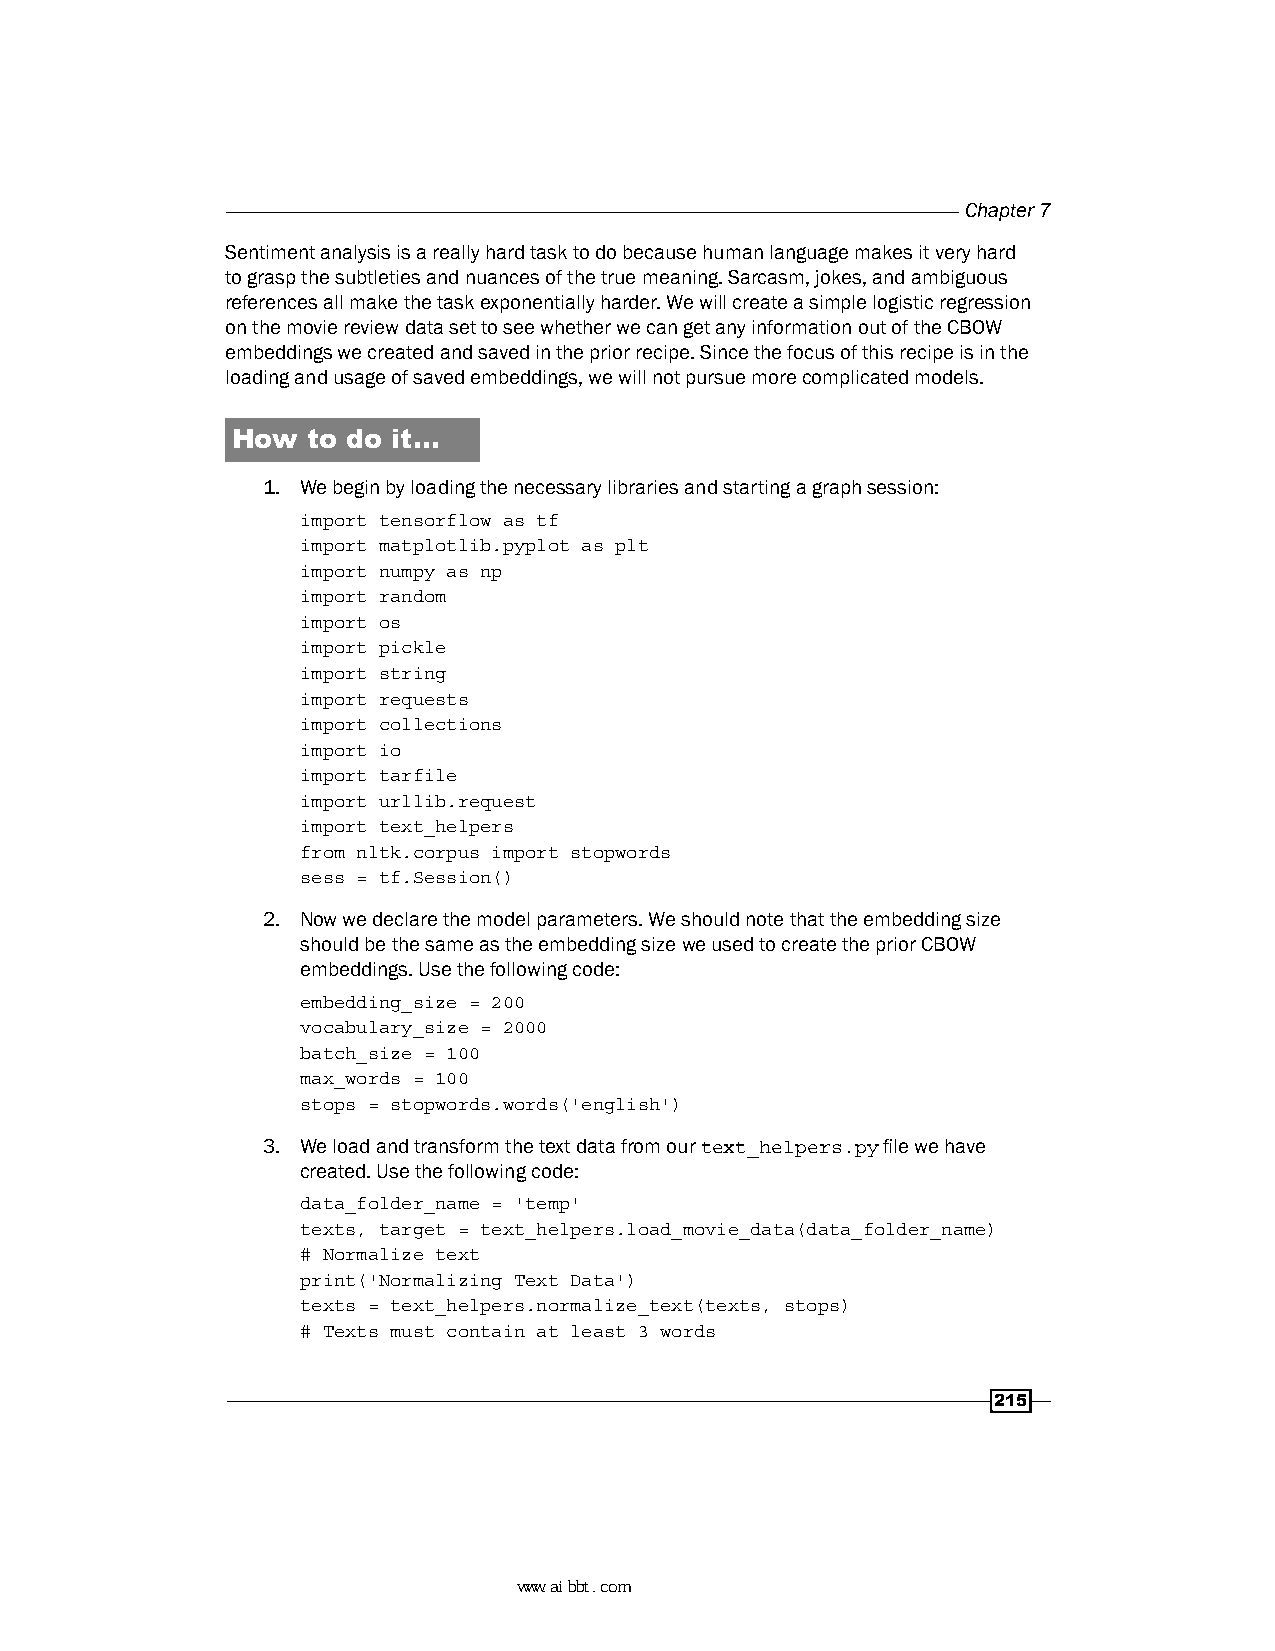
Chapter 7
 Sentiment analysis is a really hard task to do because human language makes it very hard
 to grasp the subtleties and nuances of the true meaning. Sarcasm, jokes, and ambiguous
 references all make the task exponentially harder. We will create a simple logistic regression
 on the movie review data set to see whether we can get any information out of the CBOW
 embeddings we created and saved in the prior recipe. Since the focus of this recipe is in the
 loading and usage of saved embeddings, we will not pursue more complicated models.
 How  to do it…
 1. We begin by loading the necessary libraries and starting a graph session:
 import tensorflow as tf
 import matplotlib.pyplot as plt
 import numpy as np
 import random
 import os
 import pickle
 import string
 import requests
 import collections
 import io
 import tarfile
 import urllib.request
 import text_helpers
 from nltk.corpus import stopwords
 sess = tf.Session()
 2. Now we declare the model parameters. We should note that the embedding size
 should be the same as the embedding size we used to create the prior CBOW
 embeddings. Use the following code:
 embedding_size = 200
 vocabulary_size = 2000
 batch_size = 100
 max_words = 100
 stops = stopwords.words('english')
 3. We load and transform the text data from our text_helpers.py file we have
 created. Use the following code:
 data_folder_name = 'temp'
 texts, target = text_helpers.load_movie_data(data_folder_name)
 # Normalize text
 print('Normalizing Text Data')
 texts = text_helpers.normalize_text(texts, stops)
 # Texts must contain at least 3 words
 215
 www.aibbt.com 让未来触手可及